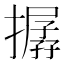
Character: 𢵔